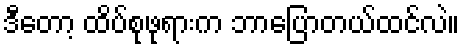
ဒီတော့ ထိပ်စုဖုရားက ဘာပြောတယ်ထင်လဲ။